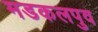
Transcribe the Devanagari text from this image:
मडकलपुव